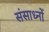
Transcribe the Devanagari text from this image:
संसाध्नों